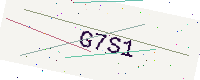
Text: G7S1